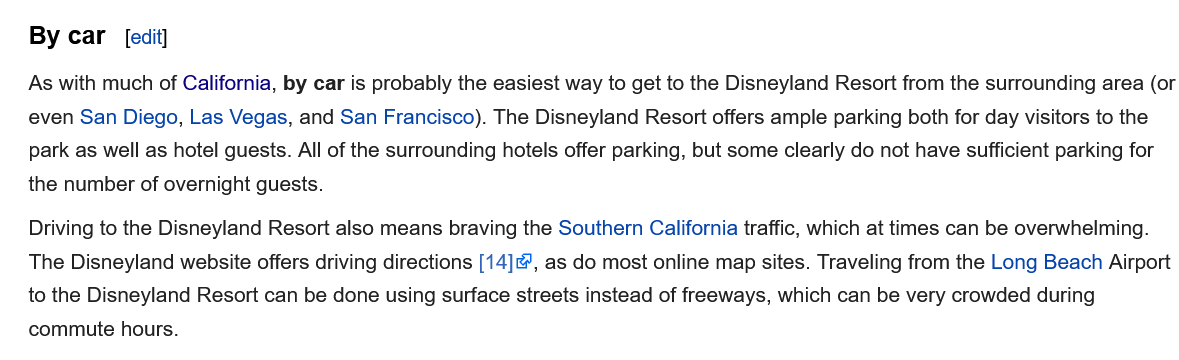
By  car  [edit]
   As with much of California, by car is probably the easiest way to get to the Disneyland Resort from the surrounding area (or
   even San Diego, Las Vegas, and San Francisco). The Disneyland Resort offers ample parking both for day visitors to the
   park as well as hotel guests. All of the surrounding hotels offer parking, but some clearly do not have sufficient parking for
   the number of overnight guests.
   Driving to the Disneyland Resort also means braving the Southern California traffic, which at times can be overwhelming.
   The Disneyland website offers driving directions [14], as do most online map sites. Traveling from the Long Beach Airport
   to the Disneyland Resort can be done using surface streets instead of freeways, which can be very crowded during
   commute hours.